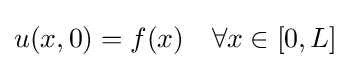
u(x,0)=f(x)\quad \forall x\in [0,L]